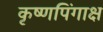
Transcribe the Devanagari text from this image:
कृष्णपिंगाक्ष